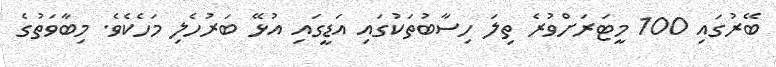
ބޭރުގައި 100 މީޓަރަށްވުރެ ތިލަ ހިސާބުތަކުގައި އަޑީގައި އުޅޭ ބަރުހެލި މަހެކެވެ. މިބާވަތުގެ